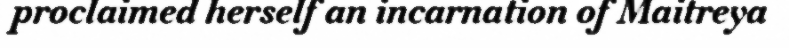
proclaimed herself an incarnation of Maitreya